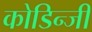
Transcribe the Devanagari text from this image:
कोडिन्जी